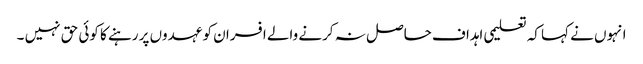
انہوں نے کہا کہ تعلیمی اہداف حاصل نہ کرنے والے افسران کو عہدوں پر رہنے کا کوئی حق نہیں ۔